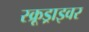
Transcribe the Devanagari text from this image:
स्क्रूड्राइवर